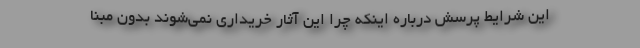
این شرایط پرسش درباره اینکه چرا این آثار خریداری نمی‌شوند بدون مبنا